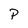
Character: P